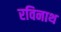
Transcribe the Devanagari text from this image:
रविनाथ